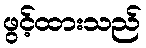
ဖွင့်ထားသည်